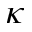
\kappa